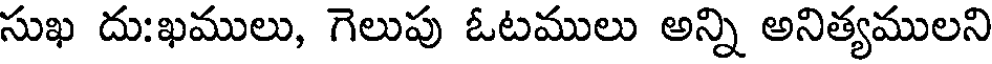
సుఖ దు:ఖములు, గెలుపు ఓటములు అన్ని అనిత్యములని